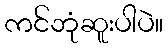
ကင်ဘုံဆူးပါပဲ။